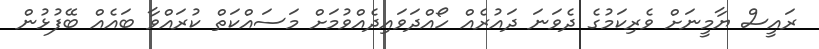
ރައީސް ޔާމީނަށް ވެރިކަމުގެ ދެވަނަ ދައުރެއް ހޯއްދަވައިދެއްވުމަށް މަސައްކަތް ކުރައްވާ ބައެއް ބޭފުޅުން